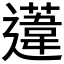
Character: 𨗨